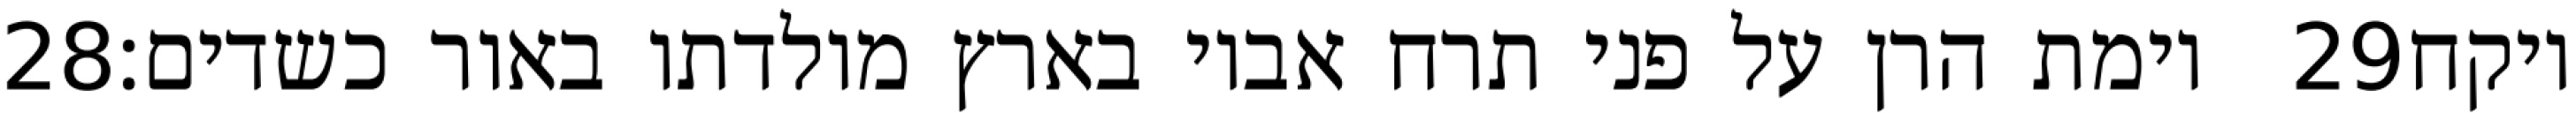
‎28‏ וימת הרן על פני תרח אביו בארץ מולדתו באור כשדים׃ ‎29‏ ויקח